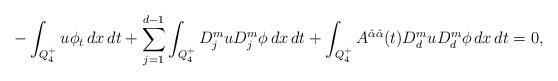
LaTeX: \begin{align*}-\int_{Q_4^+}u \phi_t \,dx\,dt+\sum_{j=1}^{d-1}\int_{Q_4^+}D_j^muD_j^m\phi\,dx\,dt+\int_{Q_4^+} A^{\hat{\alpha}\hat{\alpha}}(t)D^m_du D^m_d\phi \,dx\,dt=0,\end{align*}